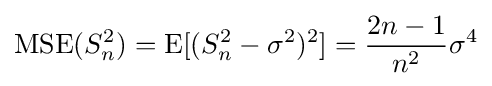
\operatorname {MSE} (S_{n}^{2})=\operatorname {E} [(S_{n}^{2}-\sigma ^{2})^{2}]={\frac {2n-1}{n^{2}}}\sigma ^{4}